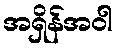
အရှိန်အဝါ